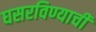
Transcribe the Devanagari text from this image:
घसरविण्याची